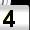
Digit: 4